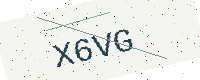
Text: X6VG